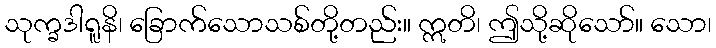
သုက္ခဒါရူနိ၊ ခြောက်သောသစ်တို့တည်း။ ဣတိ၊ ဤသို့ဆိုသော်။ သော၊